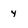
Character: 4